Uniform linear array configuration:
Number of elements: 32
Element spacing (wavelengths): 0.5
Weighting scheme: hann
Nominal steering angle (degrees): -45
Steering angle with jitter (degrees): -44.642
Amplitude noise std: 0.05
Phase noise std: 0.05

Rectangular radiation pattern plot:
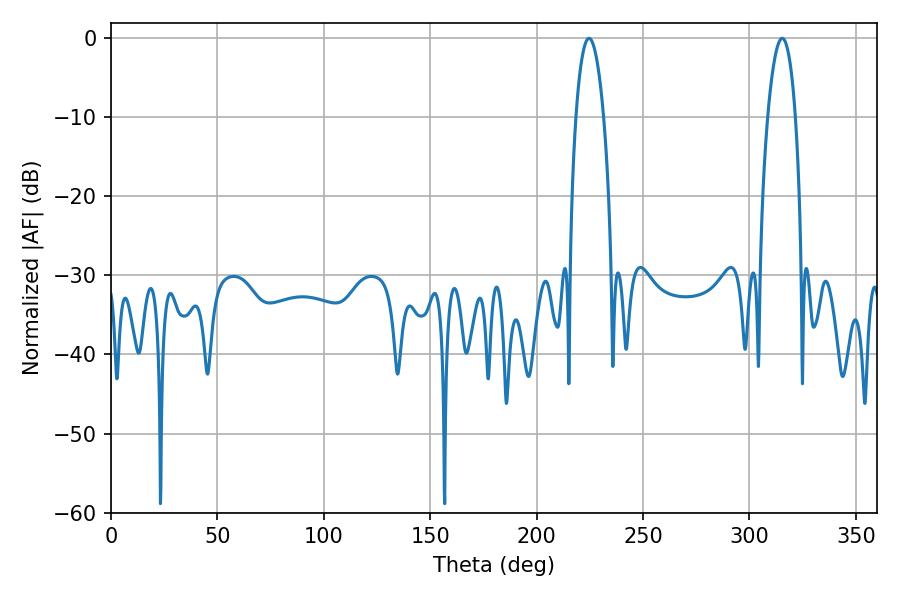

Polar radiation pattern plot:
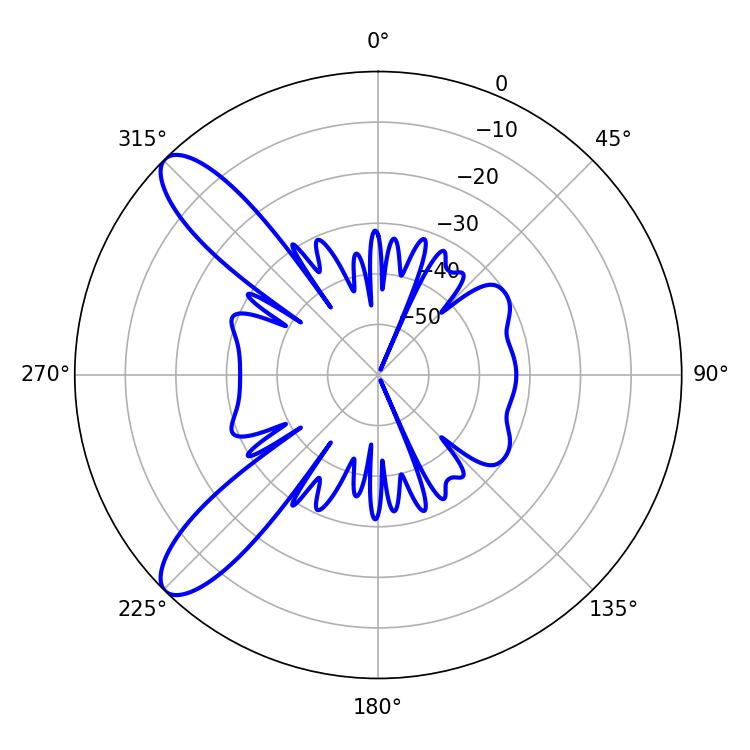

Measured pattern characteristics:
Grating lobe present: FALSE
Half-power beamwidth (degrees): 7.38
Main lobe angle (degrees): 224.64